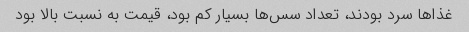
غذاها سرد بودند، تعداد سس‌ها بسیار کم بود، قیمت به نسبت بالا بود